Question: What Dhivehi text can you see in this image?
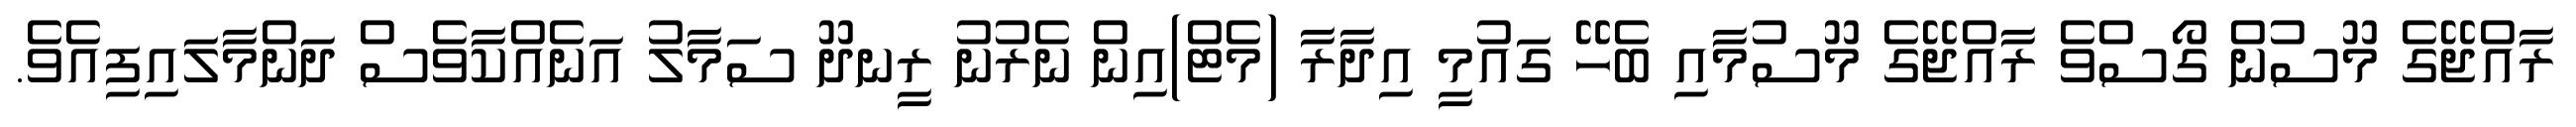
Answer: ރާއްޖޭގެ މޫސުން ގޯސްވެ ރާއްޖޭގެ މޫސުމާއި ބެހޭ ގައުމީ އިދާރާ (މެޓް)އިން ނެރުނު ރީނދޫ ސަމާލު އަނެއްކާވެސް ދަންމާލައިފިއެވެ.